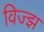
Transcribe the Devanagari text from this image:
विज्झ